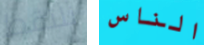
نلتقط الناس